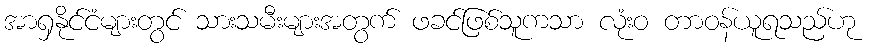
အာရှနိုင်ငံများတွင် သားသမီးများအတွက် ဖခင်ဖြစ်သူကသာ လုံးဝ တာဝန်ယူရသည်ဟု